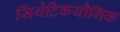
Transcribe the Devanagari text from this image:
सिंथेटिकयौगिक